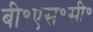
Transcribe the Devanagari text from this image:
बी॰एस॰सी॰